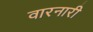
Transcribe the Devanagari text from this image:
वारनारी